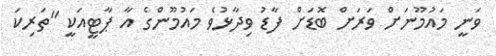
ވަނީ މައުމޫނަށް ވަރަށް ބޮޑަށް ފާޑު ވިދާޅުވެ މައުމޫންގެ އާ ޕާޓީއަކީ "ތަރިކަ